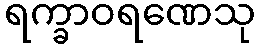
ရက္ခာဝရဏေသု